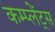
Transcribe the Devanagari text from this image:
कम्प्लेंट्स